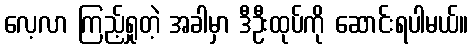
လေ့လာ ကြည့်ရှုတဲ့ အခါမှာ ဒီဦးထုပ်ကို ဆောင်းရပါမယ်။